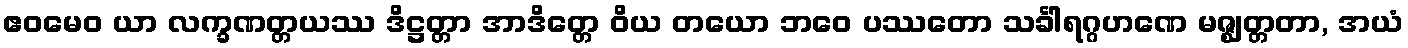
ဧဝမေဝ ယာ လက္ခဏတ္တယဿ ဒိဋ္ဌတ္တာ အာဒိတ္တေ ဝိယ တယော ဘဝေ ပဿတော သင်္ခါရဂ္ဂဟဏေ မဇ္ဈတ္တတာ, အယံ